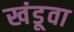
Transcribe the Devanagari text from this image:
खंडूवा